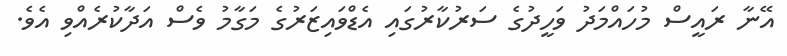
އޭނާ ރައީސް މުހައްމަދު ވަހީދުގެ ސަރުކާރުގައި އެޑްވައިޒަރުގެ މަގާމު ވެސް އަދާކުރެއްވި އެވެ.